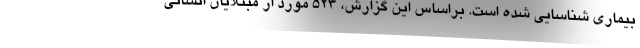
بیماری شناسایی شده است. براساس این گزارش، ۵۲۳ مورد از مبتلایان انسانی